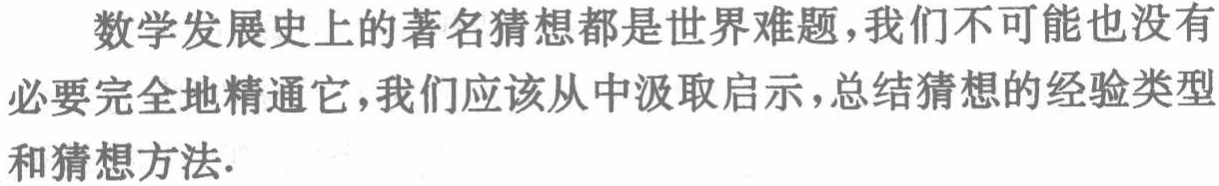
数学发展史上的著名猜想都是世界难题,我们不可能也没有必要完全地精通它,我们应该从中汲取启示,总结猜想的经验类型和猜想方法.